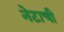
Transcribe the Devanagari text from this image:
नेटाची